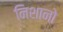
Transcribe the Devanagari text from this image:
निशानो